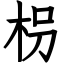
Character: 枴